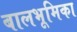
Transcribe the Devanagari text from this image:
बालभूमिका